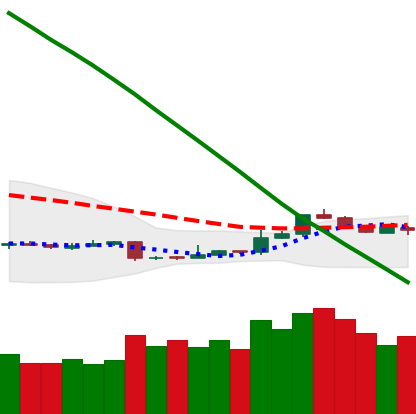
Ticker: ETH-USD
Chart end date: 2018-11-11
Forward return: -17.111%
Label: down_7plus